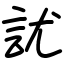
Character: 訧